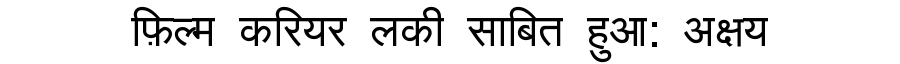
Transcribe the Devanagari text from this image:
फ़िल्म करियर लकी साबित हुआ: अक्षय